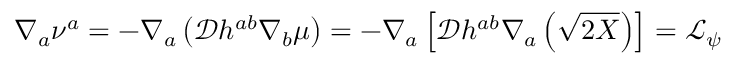
\nabla _ { a } \nu ^ { a } = - \nabla _ { a } \left( \mathcal { D } h ^ { a b } \nabla _ { b } \mu \right) = - \nabla _ { a } \left[ \mathcal { D } h ^ { a b } \nabla _ { a } \left( \sqrt { 2 X } \right) \right] = \mathcal { L } _ { \psi }